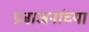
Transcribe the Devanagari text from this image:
प्रजाजनांच्या